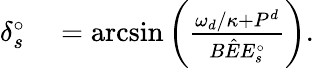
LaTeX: \begin{array}{rl}{\delta_{s}^{\circ}}&{{}=\arcsin{\left(\frac{\omega_{d}/\kappa+P^{d}}{B\hat{E}E_{s}^{\circ}}\right)}.}\end{array}